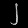
Digit: ၂